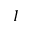
I